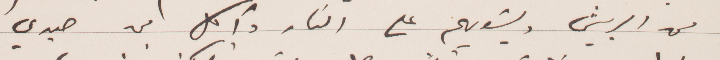
من الريش ويشويهم على النار وآكل من صيدي